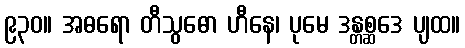
၉၃၀။ အဓရော တီသွဓော ဟီနေ၊ ပုမေ ဒန္တစ္ဆဒေ ပျထ။